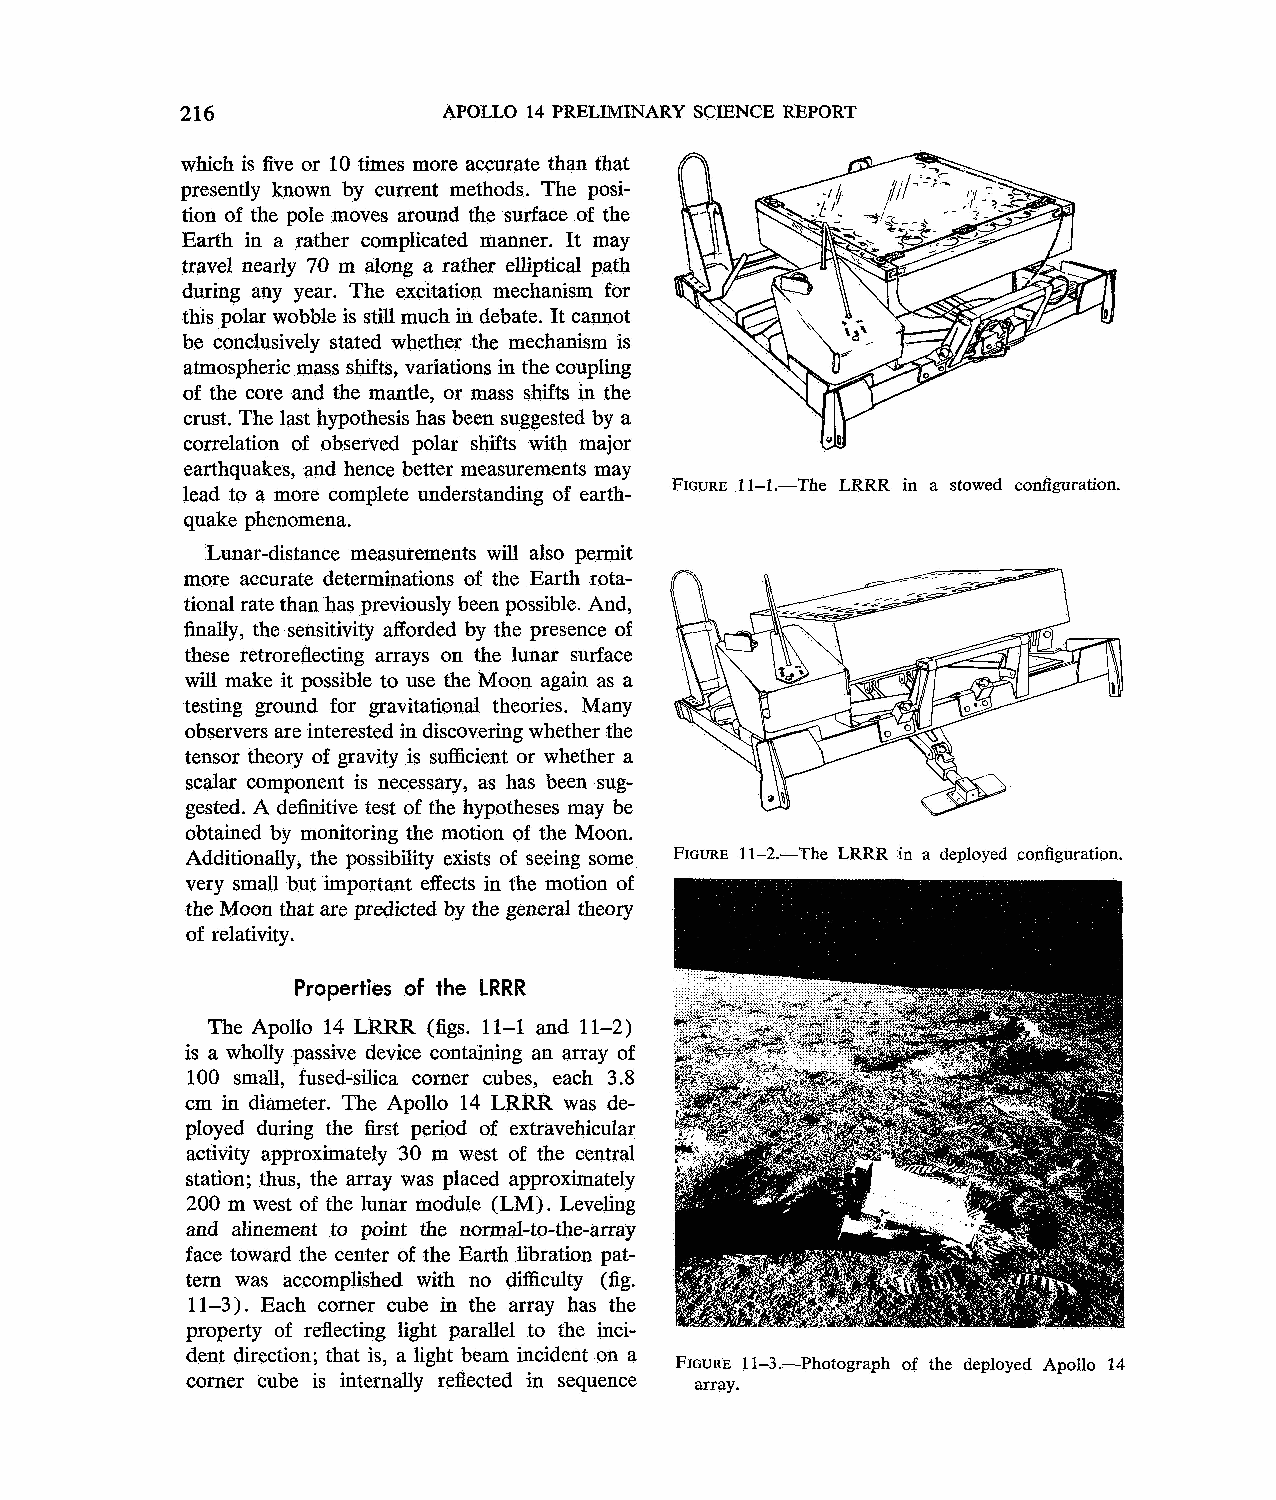
216              APOLLO 14 PRELIMINARY SCIENCE REPORT
 which is five or 10 times more accurate than that
 presently known by current methods. The posi-
 tion of the pole moves around the surface of the
 Earth in a rather complicated manner. It may
 travel nearly 70 m along a rather elliptical path
 during any year. The excitation mechanism for
 this polar wobble is still much in debate. It cannot
 be conclusively stated whether the mechanism is
 atmospheric mass shifts, variations in the coupling
 of the core and the mantle, or mass shifts in the
 crust. The last hypothesis has been suggested by a u
 correlation of observed polar shifts with major
 earthquakes, and hence better measurements may
 FIGURE11 -1.-The LRRR in a stowed configuration.
 lead to a more complete understanding of earth-
 quake phenomena.
 Lunar-distance measurements will also permit
 more accurate determinations of the Earth rota-
 tional rate than has previously been possible. And,
 finally, the sensitivity afforded by the presence of
 these retroreflecting arrays on the lunar surface
 will make it possible to use the Moon again as a
 testing ground for gravitational theories. Many
 observers are interested in discovering whether the
 tensor theory of gravity is sufficient or whether a
 scalar component is necessary, as has been sug-
 gested. A definitive test of the hypotheses may be
 obtained by monitoring the motion of the Moon.
 Additionally, the possibility exists of seeing some FIGURE1 1-2.--The LRRR in a deployed Configuration.
 very small but important effects in the motion of
 the Moon that are predicted by the general theory
 of relativity.
 Properties of the LRRR
 The Apollo 14 LRRR (figs. 11-1 and 11-2)
 is a wholly passive device containing an array of
 100 small, fused-silica corner cubes, each 3.8
 cm in diameter. The Apollo 14 LRRR was de-
 ployed during the first period of extravehicular
 activity approximately 30 m west of the central
 station; thus, the array was placed approximately
 200 m west of the lunar module (LM) . Leveling
 and alinement to point the normal-to-the-array
 face toward the center of the Earth libration pat-
 tern was accomplished with no difficulty (fig.
 11 -3). Each corner cube in the array has the
 property of reflecting light parallel to the inci-
 dent direction; that is, a light beam incident on a
 FIGURE1 1-3.-Photograph of the deployed Apollo 14
 corner cube is internally reflected in sequence array.